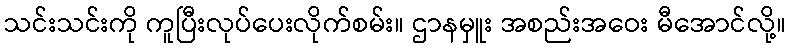
သင်းသင်းကို ကူပြီးလုပ်ပေးလိုက်စမ်း။ ဌာနမှူး အစည်းအဝေး မီအောင်လို့။